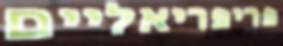
פריפריאליים